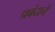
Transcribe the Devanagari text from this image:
प्रबंदाचे